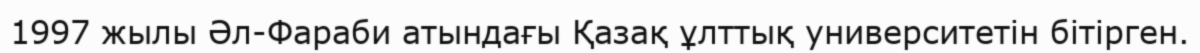
1997 жылы Әл-Фараби атындағы Қазақ ұлттық университетін бітірген.